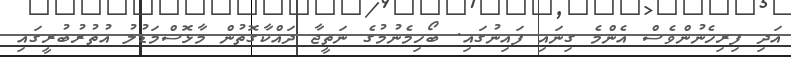
އަދި ފިރިހެނުންވެސް އެންމެ ގިނައި ފައިނުގައި. ބޯހިމެނުމުގެ ނަތީޖާ ދައްކާގޮތުން މާޅޮސްމަޑުލު އުތުރުބުރީގައި